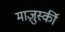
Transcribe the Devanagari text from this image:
माज़ुर्स्की